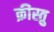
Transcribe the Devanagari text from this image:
क्रीस्तु